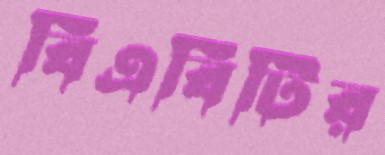
বিএবিটির